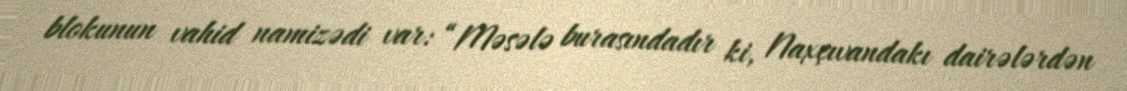
blokunun vahid namizədi var: “Məsələ burasındadır ki, Naxçıvandakı dairələrdən